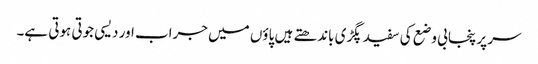
سر پر پنجابی وضع کی سفید پگڑی باندھتے ہیں پاؤں میں جراب اور دیسی جوتی ہوتی ہے۔